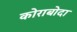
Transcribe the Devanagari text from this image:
कोराबोदा